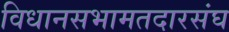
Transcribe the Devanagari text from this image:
विधानसभामतदारसंघ